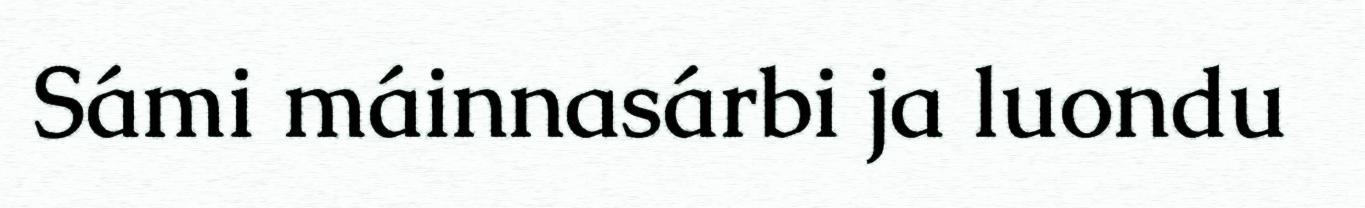
Sámi máinnasárbi ja luondu